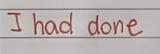
I had done